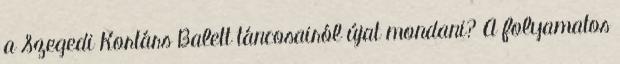
a Szegedi Kortárs Balett táncosairól újat mondani? A folyamatos